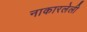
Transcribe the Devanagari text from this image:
नाकारलेली